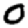
Digit: 0